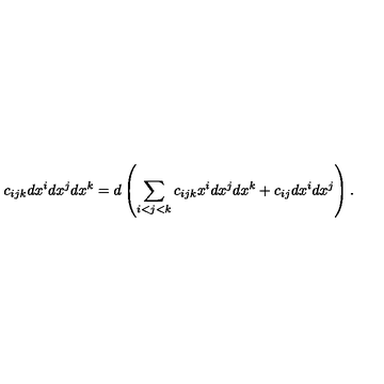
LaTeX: c _ { i j k } d x ^ { i } d x ^ { j } d x ^ { k } = d \left( \sum _ { i < j < k } c _ { i j k } x ^ { i } d x ^ { j } d x ^ { k } + c _ { i j } d x ^ { i } d x ^ { j } \right) .